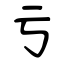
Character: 亏